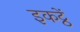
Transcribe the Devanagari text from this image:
इकट्ठें